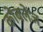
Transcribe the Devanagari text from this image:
कोबलेंज